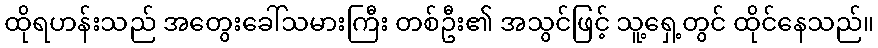
ထိုရဟန်းသည် အတွေးခေါ်သမားကြီး တစ်ဦး၏ အသွင်ဖြင့် သူ့ရှေ့တွင် ထိုင်နေသည်။